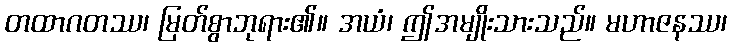
တထာဂတဿ၊ မြတ်စွာဘုရား၏။ အယံ၊ ဤအမျိုးသားသည်။ မဟာဇနဿ၊